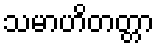
သမာဟိတတ္တာ